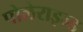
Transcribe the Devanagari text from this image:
पोलेराइज्ड